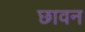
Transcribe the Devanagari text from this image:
छावन